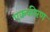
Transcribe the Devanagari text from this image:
एककीरण